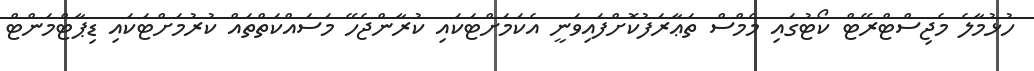
ހުޅުމާލެ މެޖިސްޓްރޭޓް ކޯޓުގައި މެމްސް ތަޢާރަފުކޮށްފައިވަނީ އެކަމަށްޓަކައި ކުރާންޖެހޭ މަސައްކަތްތައް ކުރުމަށްޓަކައި ޑިޕާޓްމަންޓް